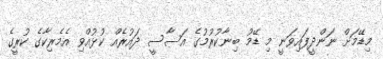
މިޑޭމަށް ނަންދީފައިވަނީ މި ޑޭމު ބިނާކުރުމުގެ އަސާސީ ދައުރެއް ކުޅުއްވި އެމެރިކާގެ ކުރީގެ